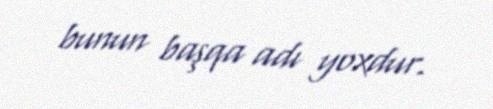
bunun başqa adı yoxdur.